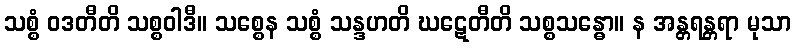
သစ္စံ ဝဒတီတိ သစ္စဝါဒီ။ သစ္စေန သစ္စံ သန္ဒဟတိ ဃဋေတီတိ သစ္စသန္ဓော။ န အန္တရန္တရာ မုသာ